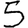
Digit: 5